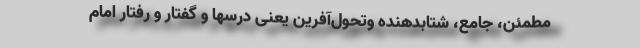
مطمئن، جامع، شتابدهنده وتحول‌آفرین یعنی درسها و گفتار و رفتار امام